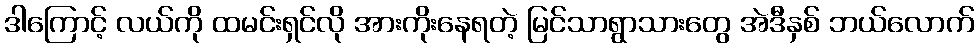
ဒါကြောင့် လယ်ကို ထမင်းရှင်လို အားကိုးနေရတဲ့ မြင်သာရွာသားတွေ အဲဒီနှစ် ဘယ်လောက်